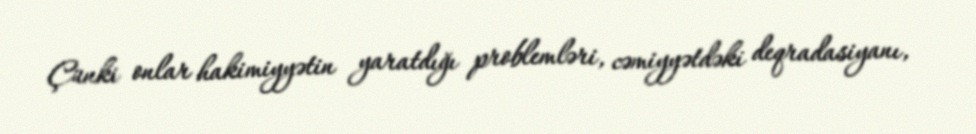
Çünki onlar hakimiyyətin yaratdığı problemləri, cəmiyyətdəki deqradasiyanı,